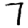
Digit: 7